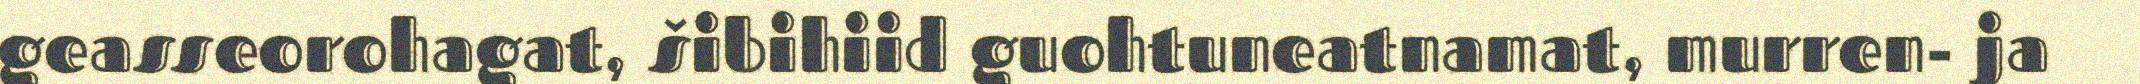
geasseorohagat, šibihiid guohtuneatnamat, murren- ja